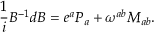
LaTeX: { \frac { 1 } { i } } B ^ { - 1 } d B = e ^ { a } P _ { a } + \omega ^ { a b } M _ { a b } .